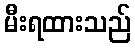
မီးရထားသည်